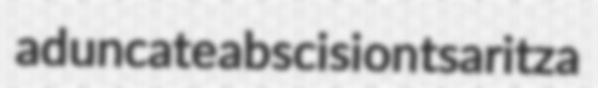
aduncate abscision tsaritza